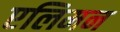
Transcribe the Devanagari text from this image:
एलिमन